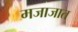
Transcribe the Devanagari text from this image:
मजाजात